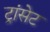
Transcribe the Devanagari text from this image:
ट्रांसेट